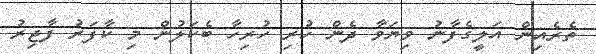
ތެރެއިން އަލީގެފާނު ވިޔަވާ ދެން ހުރި ހުރިހާ ބެކަލުން މި ކާފަރު ފާޖިރު